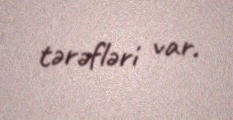
tərəfləri var.